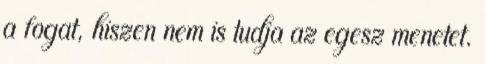
a fogat, hiszen nem is tudja az egesz menetet.